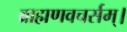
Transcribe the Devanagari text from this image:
ब्राह्मणवचर्सम्।